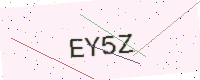
Text: EY5Z